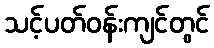
သင့်ပတ်ဝန်းကျင်တွင်